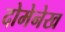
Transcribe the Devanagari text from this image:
दोमेनेख